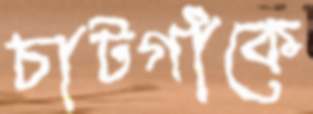
চাটগাঁকে